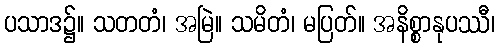
ပသာဒ၌။ သတတံ၊ အမြဲ။ သမိတံ၊ မပြတ်။ အနိစ္စာနုပဿီ၊